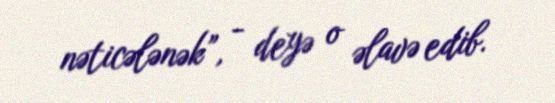
nəticələnək”, - deyə o əlavə edib.